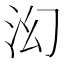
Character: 𬇚